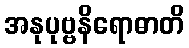
အနုပုဗ္ဗနိရောဓာတိ